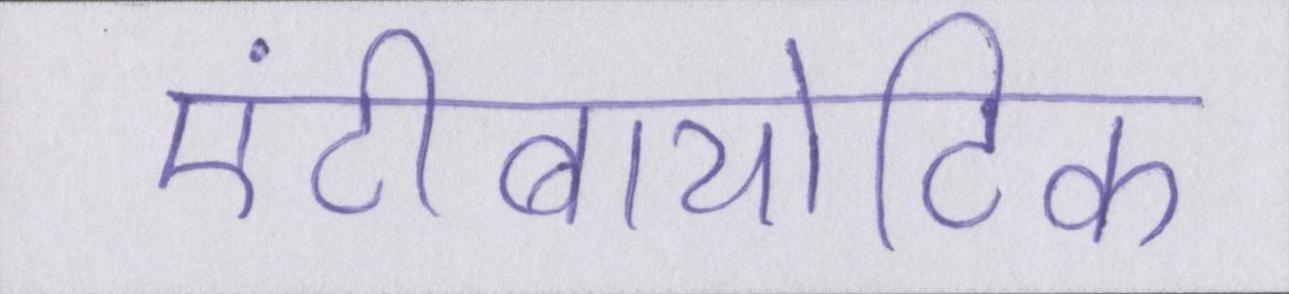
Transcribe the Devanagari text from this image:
एंटीबायोटिक